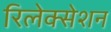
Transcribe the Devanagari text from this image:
रिलेक्सेशन